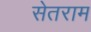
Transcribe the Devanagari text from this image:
सेतराम